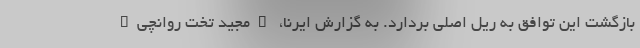
بازگشت این توافق به ریل اصلی بردارد. به گزارش ایرنا، "مجید تخت روانچی"